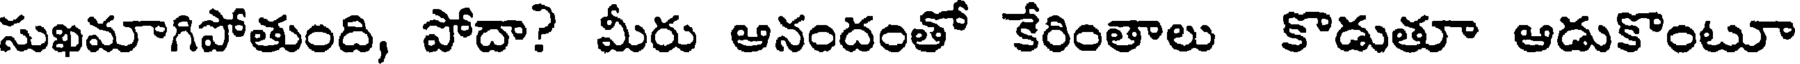
సుఖమాగిపోతుంది, పోదా? మీరు ఆనందంతో కేరింతాలు కొడుతూ ఆడుకొంటూ